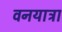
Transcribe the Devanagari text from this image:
वनयात्रा